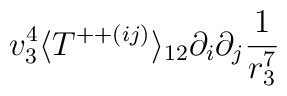
v_3^4 \langle T^{+ + (ij)} \rangle_{12} \partial_i \partial_j\frac{1}{r_3^7}